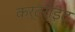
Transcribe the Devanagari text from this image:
कर्टराइट